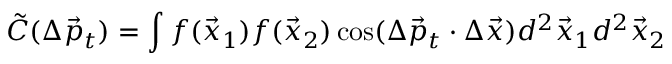
\tilde { C } ( \Delta \vec { p } _ { t } ) = \int f ( \vec { x } _ { 1 } ) f ( \vec { x } _ { 2 } ) \cos ( \Delta \vec { p } _ { t } \cdot \Delta \vec { x } ) d ^ { 2 } \vec { x } _ { 1 } d ^ { 2 } \vec { x } _ { 2 }